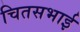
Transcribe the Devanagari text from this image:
चितसभाई